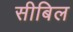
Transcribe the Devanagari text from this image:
सीबिल